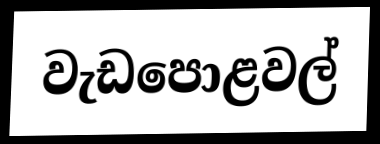
වැඩපොළවල්